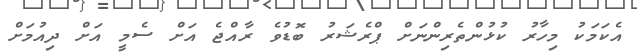
އެކަމަކު މިހާރު ކުޅުންތެރިންނަށް ޕްރެޝަރު ބޮޑުވެ ރާއްޖެ އަށް ސެމީ އަށް ދިއުމަށް